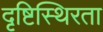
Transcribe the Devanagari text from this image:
दृष्टिस्थिरता